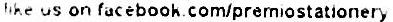
THE US ON FACEBOOK.COM/PREMIOSTATIONERY